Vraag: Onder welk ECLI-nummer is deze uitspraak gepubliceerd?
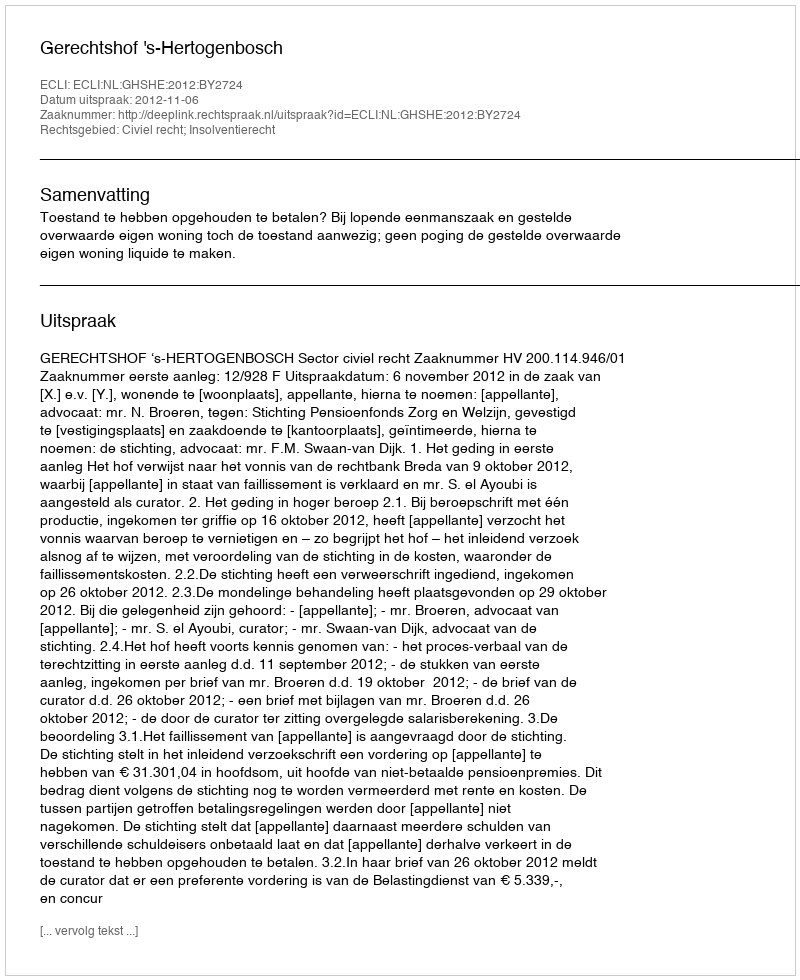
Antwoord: ECLI:NL:GHSHE:2012:BY2724